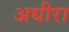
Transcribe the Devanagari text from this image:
अधीरा